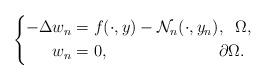
LaTeX: \begin{align*}\left \{\begin{aligned}-\Delta w_{n} &=f(\cdot,y)-\mathcal{N}_{n}(\cdot,y_{n}), \;\; \Omega,\\w_n&=0, \,\;\;\qquad\qquad\qquad\partial \Omega.\end{aligned}\right. \end{align*}